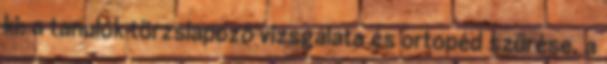
ki: a tanulók törzslapozó vizsgálata és ortopéd szűrése, a